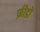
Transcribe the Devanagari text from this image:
फ़ीडो